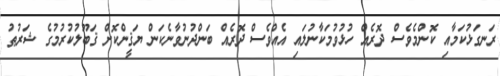
ރަނގަޅުކަމާއި ކޮންމެވެސް ދޮރެއް ހުޅުވުމަކާނުލައި އެއްވެސް ދޮރެއް ބަންދުނުވާނެކަން ޔަޤީންކޮށް ޤަބޫލުކުރުމުގެ ޝަރުޠު